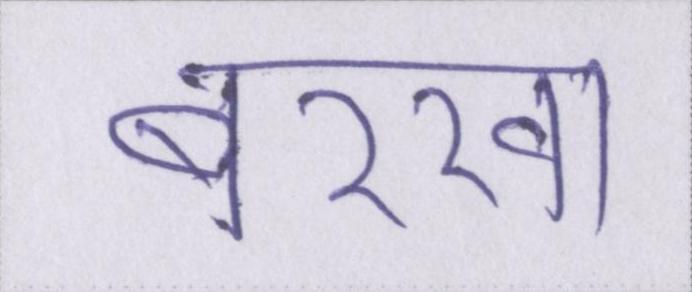
बरखा